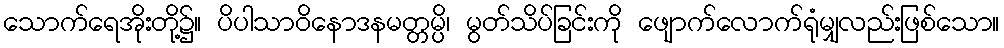
သောက်ရေအိုးတို့၌။ ပိပါသာဝိနောဒနမတ္တမ္ပိ၊ မွတ်သိပ်ခြင်းကို ဖျောက်လောက်ရုံမျှလည်းဖြစ်သော။